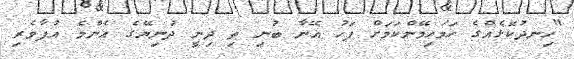
"ހިނދުކޮޅެއްގެ ހަމަހިމޭންކަމަށް ފަހު އޭނާ ބުނި ތި ދިނީ ދުނިޔޭގެ އެންމެ އުފާވެރި